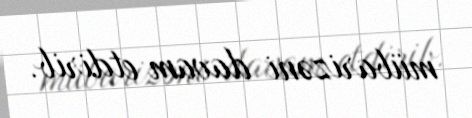
mübarizəni davam etdirib.